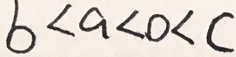
b < a < 0 < c